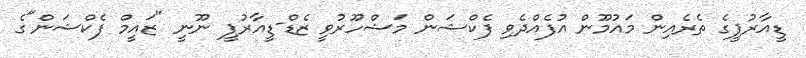
ޑީއާރުޕީގެ ތެރެއިން މައުމޫން އުފެއްދެވި ފެކްޝަން މަޝްހޫރުވީ ޒެޑް-ޑީއާރުޕީ ނޫނީ "ޒައީމް ފެކްޝަން"ގެ